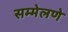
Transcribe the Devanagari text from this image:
सम्मेलणे